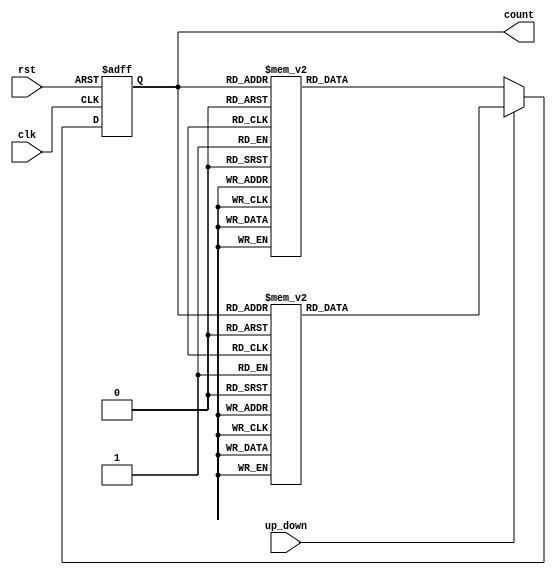
module gray_counter (
    input wire clk,
    input wire rst,
    input wire up_down,
    
    output reg [3:0] count
);

reg [3:0] next_count;

always @ (posedge clk or posedge rst) begin
    if (rst) begin
        count <= 4'b0000;
    end else begin
        if (up_down) begin // Up count
            case(count)
                4'b0000: next_count = 4'b0001;
                4'b0001: next_count = 4'b0011;
                4'b0011: next_count = 4'b0010;
                4'b0010: next_count = 4'b0110;
                4'b0110: next_count = 4'b0100;
                4'b0100: next_count = 4'b1100;
                4'b1100: next_count = 4'b1000;
                4'b1000: next_count = 4'b1001;
                default: next_count = 4'b0000;
            endcase
        end else begin // Down count
            case(count)
                4'b0000: next_count = 4'b1000;
                4'b1000: next_count = 4'b1100;
                4'b1100: next_count = 4'b0100;
                4'b0100: next_count = 4'b0110;
                4'b0110: next_count = 4'b0010;
                4'b0010: next_count = 4'b0011;
                4'b0011: next_count = 4'b0001;
                4'b0001: next_count = 4'b0000;
                default: next_count = 4'b0000;
            endcase
        end
        count <= next_count;
    end
end

endmodule